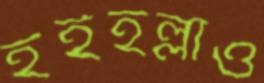
হইহল্লাও